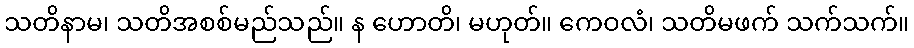
သတိနာမ၊ သတိအစစ်မည်သည်။ န ဟောတိ၊ မဟုတ်။ ကေဝလံ၊ သတိမဖက် သက်သက်။